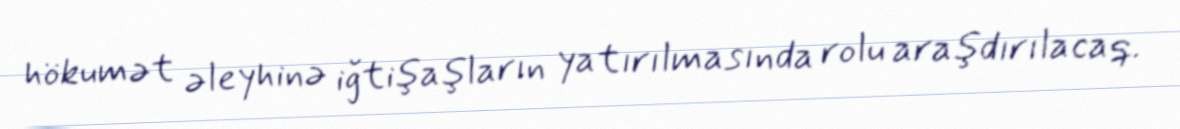
hökumət əleyhinə iğtişaşların yatırılmasında rolu araşdırılacaq.